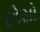
ફોસો